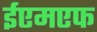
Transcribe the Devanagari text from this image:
ईएमएफ